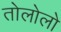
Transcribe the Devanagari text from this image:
तोलोलो